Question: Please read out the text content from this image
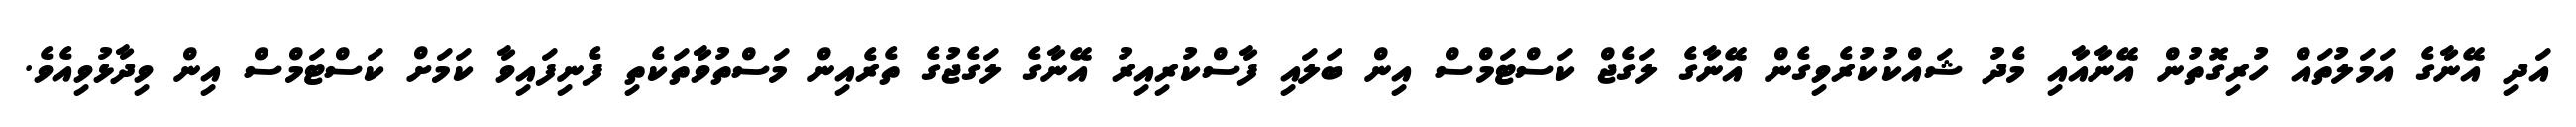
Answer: އަދި އޭނާގެ އަމަލުތައް ހުރިގޮތުން އޭނާއާއި މެދު ޝައްކުކުރެވިގެން އޭނާގެ ލަގެޖް ކަސްޓަމްސް އިން ބަލައި ފާސްކުރިއިރު އޭނާގެ ލަގެޖުގެ ތެރެއިން މަސްތުވާތަކެތި ފެނިފައިވާ ކަމަށް ކަސްޓަމްސް އިން ވިދާޅުވިއެވެ.